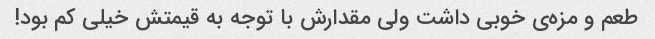
طعم و مزه‌ی خوبی داشت ولی مقدارش با توجه به قیمتش خیلی کم بود!